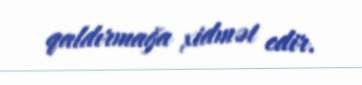
qaldırmağa xidmət edir.